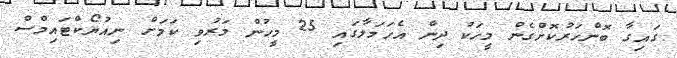
ގައިގާ ބޮންހަރުކޮށްގެން މީހަކު ދިން އެހަމަލާގައި 25 މީހުން މަރުވި ކަމަށް ނިއުޔޯކްޓައިމްސް